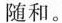
随和。